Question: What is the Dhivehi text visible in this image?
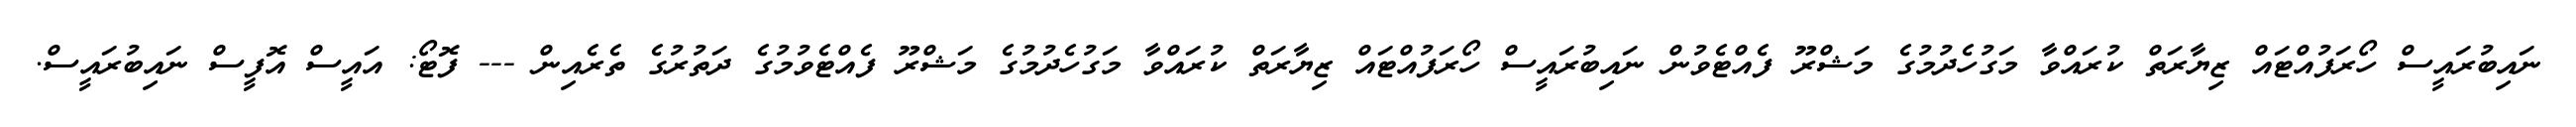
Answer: ނައިބުރައީސް ހޯރަފުއްޓައް ޒިޔާރަތް ކުރައްވާ މަގުހެދުމުގެ މަޝްރޫ ފެއްޓެވުން ނައިބުރައީސް ހޯރަފުއްޓައް ޒިޔާރަތް ކުރައްވާ މަގުހެދުމުގެ މަޝްރޫ ފެއްޓެވުމުގެ ދަތުރުގެ ތެރެއިން --- ފޮޓޯ: އައީސް އޮފީސް ނައިބުރައީސް.